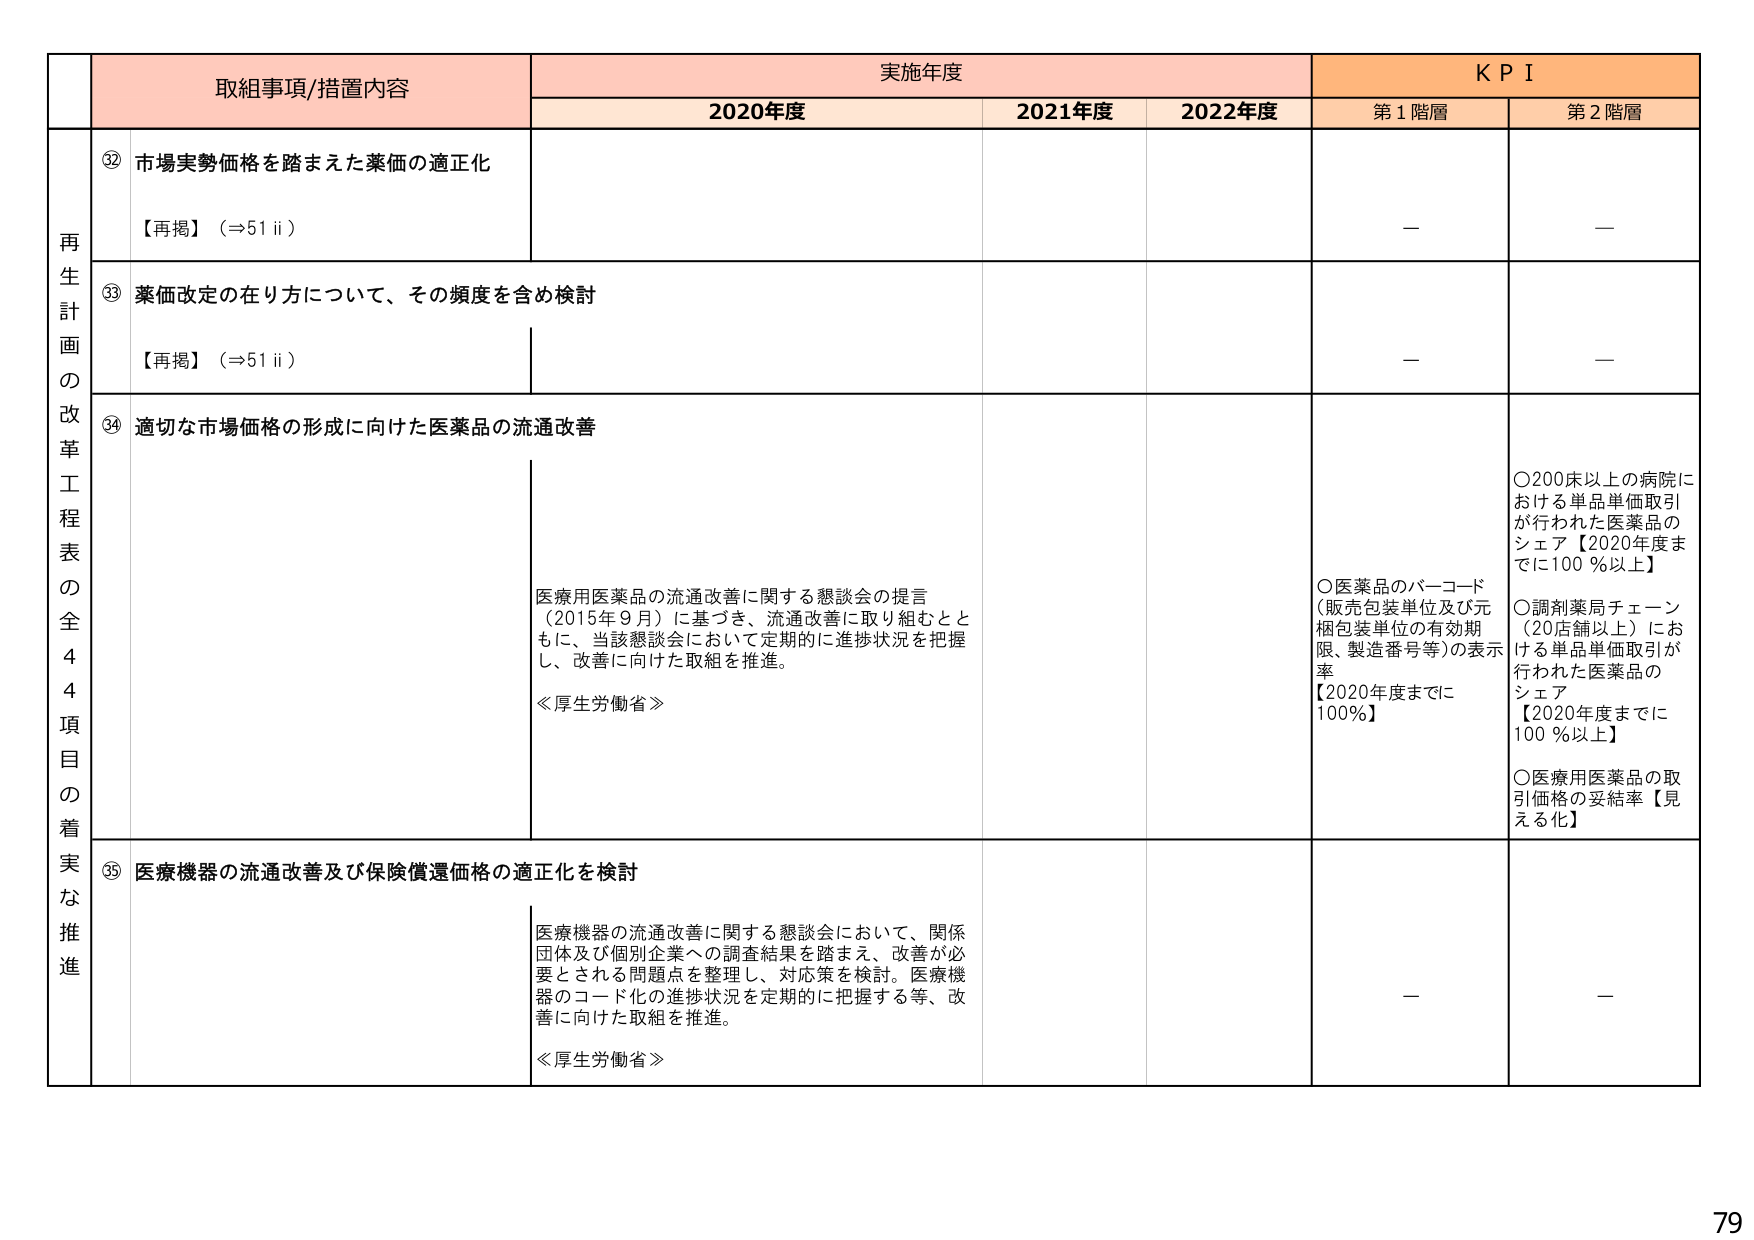
取組事項/措置内容 実施年度 KPI
2020年度 2021年度 2022年度 第1階層 第2階層
再生計画の改革工程表の全44項目の着実な推進
⑫ 市場実勢価格を踏まえた薬価の適正化
【再掲】（⇒51 ii）
－ －
⑬ 薬価改定の在り方について、その頻度を含め検討
【再掲】（⇒51 ii）
－ －
⑭ 適切な市場価格の形成に向けた医薬品の流通改善
医療用医薬品の流通改善に関する懇談会の提言（2015年9月）に基づき、流通改善に取り組むとともに、当該懇談会において定期的に進捗状況を把握し、改善に向けた取組を推進。
≪厚生労働省≫
○医薬品のバーコード（販売包装単位及び元梱包装単位の有効期限、製造番号等）の表示率【2020年度までに100％】
○200床以上の病院における単品単価取引が行われた医薬品のシェア【2020年度までに100％以上】
○調剤薬局チェーン（20店舗以上）における単品単価取引が行われた医薬品のシェア【2020年度までに100％以上】
○医療用医薬品の取引価格の妥結率【見える化】
⑮ 医療機器の流通改善及び保険償還価格の適正化を検討
医療機器の流通改善に関する懇談会において、関係団体及び個別企業への調査結果を踏まえ、改善が必要とされる問題点を整理し、対応策を検討。医療機器のコード化の進捗状況を定期的に把握する等、改善に向けた取組を推進。
≪厚生労働省≫
－ －
79